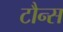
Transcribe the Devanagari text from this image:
टौन्स